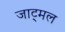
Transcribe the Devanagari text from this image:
जाट्मल